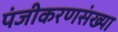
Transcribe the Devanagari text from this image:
पंजीकरणसंख्या